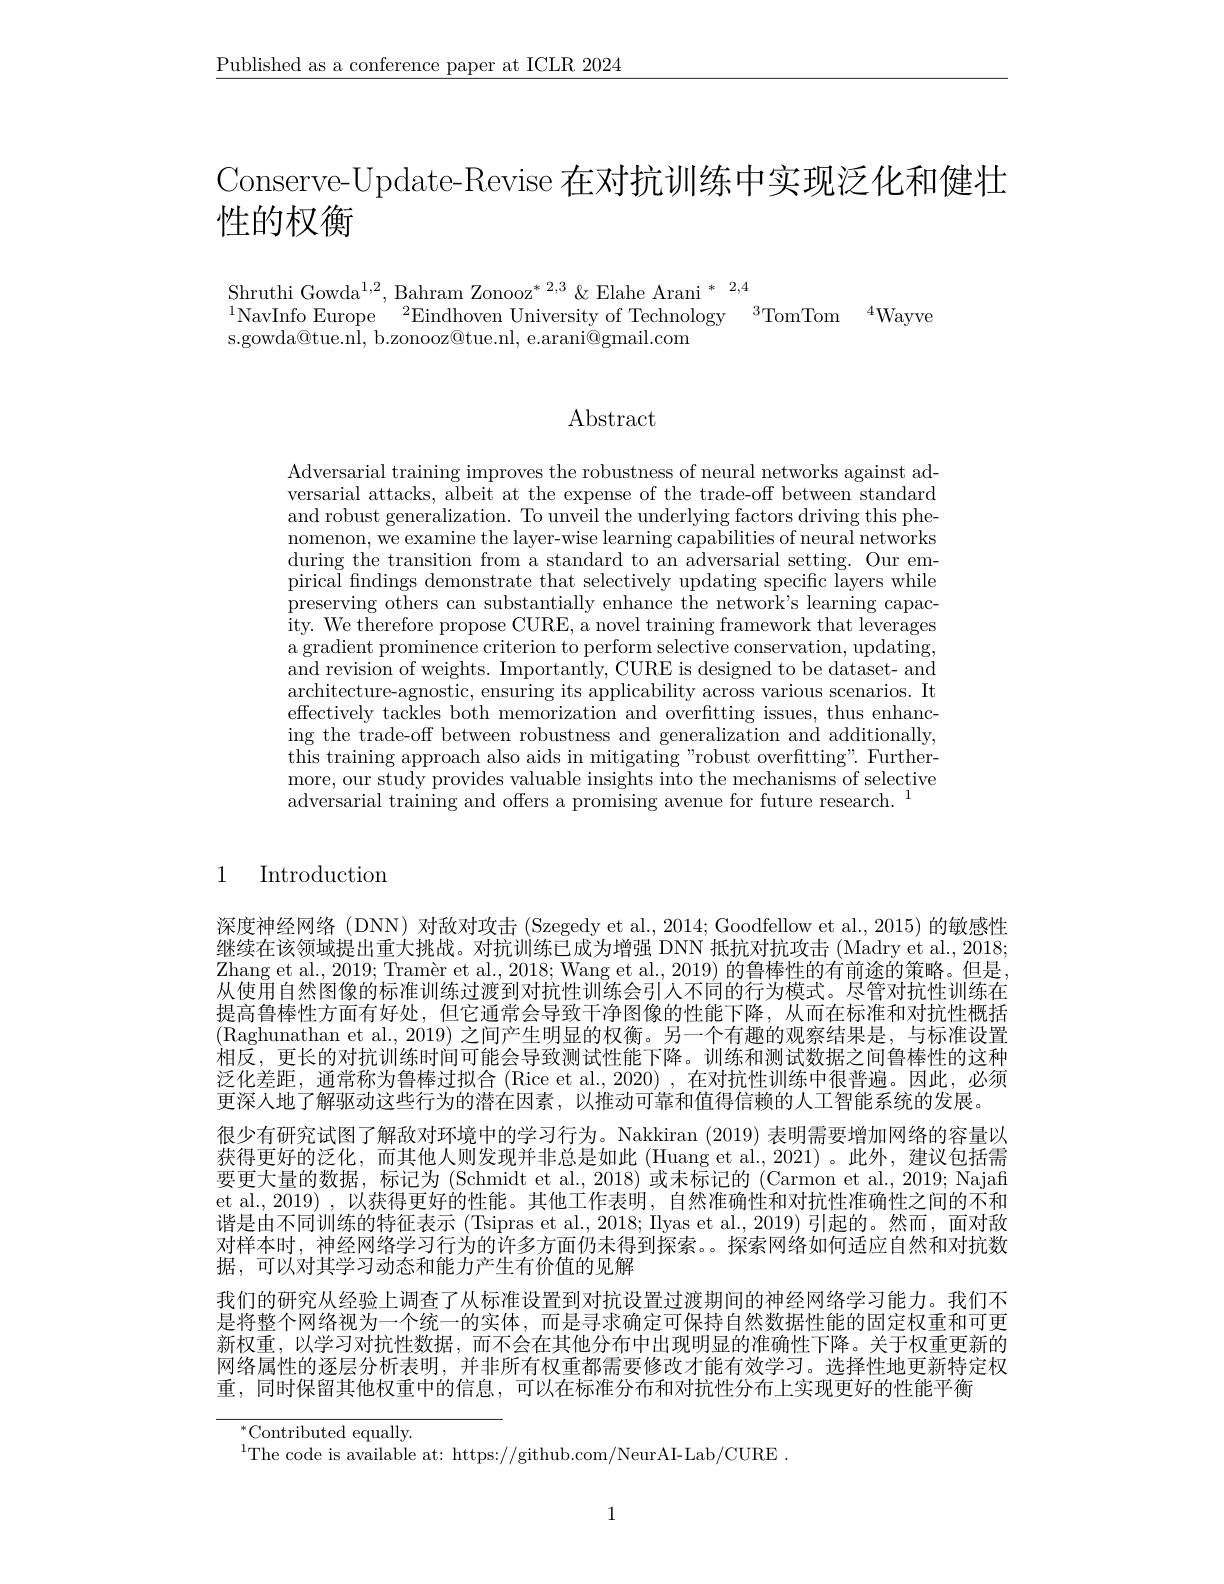
$\underline{\text{Published as a conference paper at ICLR 2024}}$

Conserve-Update-Revise 在对抗训练中实现泛化和健壮
性的权衡

Shruthi Gowda$^1,2$, Bahram Zonooz$^*2,3\&$Elahe Arani$^*^{2,4}$
$^{1}$NavInfo Europe$^{2}$Eindhoven University of Technology$^{3}$TomTom$^{4}$Wayve
s.gowda@tue.ni, b.zonooz@tue.nl, e.arani@gmail.com

Abstract

Adversarial training improves the robustness of neural networks against adversarial attacks, albeit at the expense of the trade-off between standard and robust generalization. To unveil the underlying factors driving this phenomenon, we examine the layer-wise learning capabilities of neural networks during the transition from a standard to an adversarial setting. Our empirica$\bar{\text{I findings demonstrate that selectively updating specific layers while}}$ preserving others can substantially enhance the network's learning capacity. We therefore propose CURE, a novel training framework that leverages a gradient prominence criterion to perform selective conservation, updating, $\bar{\text{and revision of weights. Importantly, CURE is designed to be dataset- and}}$ architecture-agnostic, ensuring its applicability across various scenarios. It effectively tackles both memorization and overfitting issues, thus enhancing the trade-off between robustness and generalization and additionally, this training approach also aids in mitigating "robust overfitting". Furthermore, our study provides valuable insights into the mechanisms of selective adversarial training and offers a promising avenue for future research.

# 1 Introduction

深度神经网络(DNN)对敌对攻击 (Szegedy et al., 2014; Goodfellow et al., 2015) 的敏感性继续在该领域提出重大挑战。对抗训练已成为增强 DNN 抵抗对抗攻击 (Madry et al., 2018; Zhang et al., 2019; Tramèr et al., 2018; Wang et al., 2019) 的鲁棒性的有前途的策略。但是， 从使用自然图像的标准训练过渡到对抗性训练会引入不同的行为模式。尽管对抗性训练在提高鲁棒性方面有好处，但它通常会导致干净图像的性能下降，从而在标准和对抗性概括(Raghunathan et al., 2019) 之间产生明显的权衡。另一个有趣的观察结果是，与标准设置相反，更长的对抗训练时间可能会导致测试性能下降。训练和测试数据之间鲁棒性的这种泛化差距，通常称为鲁棒过拟合 (Rice et al.,2020),在对抗性训练中很普遍。因此，必须更深人地了解驱动这些行为的潜在因素，以推动可靠和值得信赖的人工智能系统的发展。
很少有研究试图了解敌对环境中的学习行为。Nakkiran (2019) 表明需要增加网络的容量以获得更好的泛化，而其他人则发现并非总是如此 (Huang et al.,2021)。此外，建议包括需要更大量的数据，标记为(Schmidt et al., 2018)或未标记的(Carmon et al., 2019; Najaff et al., 2019) , 以获得更好的性能。其他工作表明 , 自然准确性和对抗性准确性之间的不和谐是由不同训练的特征表示 (Tsipras et al., 2018; Ilyas et al., 2019) 引起的。然而，面对敌对样本时，神经网络学习行为的许多方面仍未得到探索。。探索网络如何适应自然和对抗数据，可以对其学习动态和能力产生有价值的见解
我们的研究从经验上调查了从标准设置到对抗设置过渡期间的神经网络学习能力。我们不是将整个网络视为一个统一的实体，而是寻求确定可保持自然数据性能的固定权重和可更新权重，以学习对抗性数据，而不会在其他分布中出现明显的准确性下降。关于权重更新的网络属性的逐层分析表明，并非所有权重都需要修改才能有效学习。选择性地更新特定权重，同时保留其他权重中的信息，可以在标准分布和对抗性分布上实现更好的性能平衡

$^{*}$Contributed equally.

$^{1}$The code is available at: https://github.com/NeurAI-Lab/CURE

1